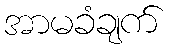
အာမခံချက်